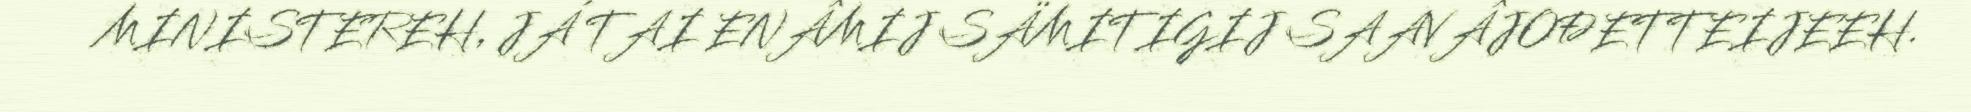
MINISTEREH, JÁ TAI ENÂMIJ SÄMITIGIJ SAAVÂJOĐETTEIJEEH.